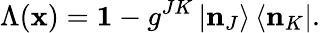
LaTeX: \Lambda(\mathbf{x})=\mathbf{{1}}-g^{JK}\left|\mathbf{{n}}_{J}\right\rangle\left\langle\mathbf{{n}}_{K}\right|.